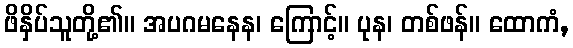
ဖိနှိပ်သူတို့၏။ အပဂမနေန၊ ကြောင့်။ ပုန၊ တစ်ဖန်။ ထောကံ,